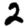
Digit: 2